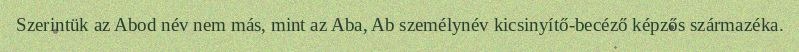
Szerintük az Abod név nem más, mint az Aba, Ab személynév kicsinyítő-becéző képzős származéka.